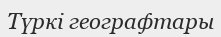
Түркі географтары